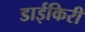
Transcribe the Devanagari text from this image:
डाईकिरी